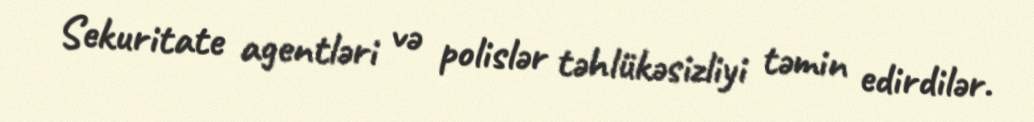
Sekuritate agentləri və polislər təhlükəsizliyi təmin edirdilər.